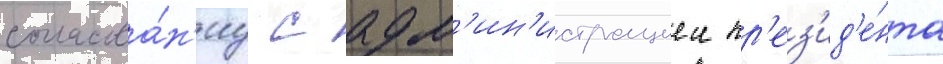
согласова́н'иу с адм'ин'истрациеи пр'ез'ид'е́нта